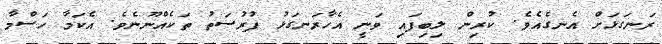
ރަނގަޅަށް އެނގެއެވެ. ކުރިން ލިބިފައި ވަނީ އެހާރަނގަޅު ފުރުސަތު ތަކެއްނޫނެވެ. އެކަމާ ހަސްމާ